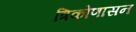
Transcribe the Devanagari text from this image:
त्रिकोणासन